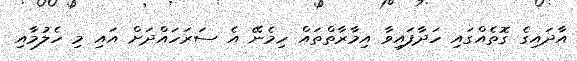
އާދައިގެ ގޮތެއްގައި ހަދާފައިވާ އިމާރާތްތައް ހިމެނޭ އެ ސަރަހައްދަށް އައި މި ހެލުމާއި